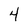
Character: 4